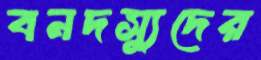
বনদস্যুদের